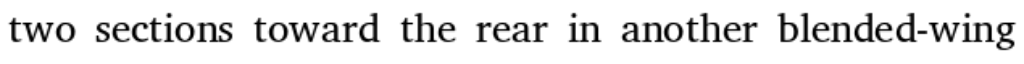
two sections toward the rear in another blended-wing